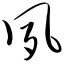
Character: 夙